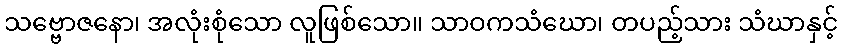
သဗ္ဗောဇနော၊ အလုံးစုံသော လူဖြစ်သော။ သာဝကသံဃော၊ တပည့်သား သံဃာနှင့်